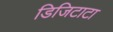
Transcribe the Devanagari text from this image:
डिजिटाटा